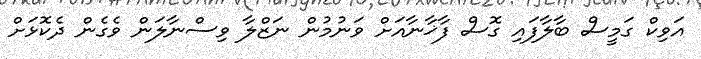
އަވިކް ގަމީސް ބާލާފައި ގޮސް ފާޚާނާއަށް ވަނުމުން ނަޒްލާ ވިސްނާލަން ވެގެން ދެކޮޅަށް